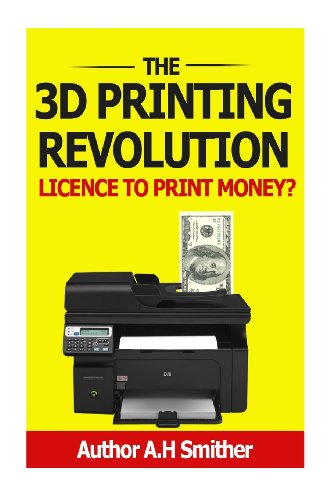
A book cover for The 3D Printing revolution - Licence to print money? (New technology - new money); Mr A H Smithers; Computers & Technology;